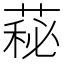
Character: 𦷬